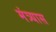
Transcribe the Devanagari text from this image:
मंत्र्यास